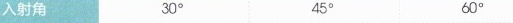
入射角 30° 45° 60°